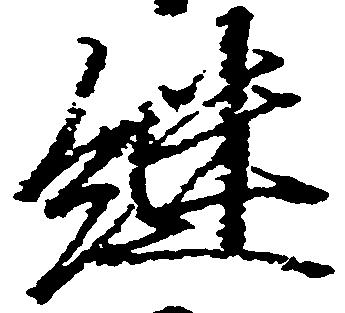
継